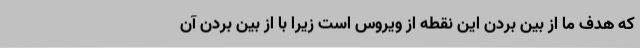
که هدف ما از بین بردن این نقطه از ویروس است زیرا با از بین بردن آن